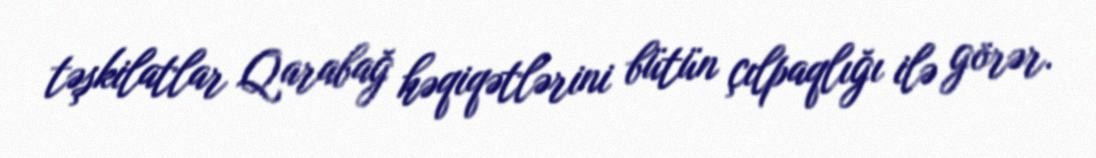
təşkilatlar Qarabağ həqiqətlərini bütün çılpaqlığı ilə görər.